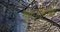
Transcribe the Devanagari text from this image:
मनःप्रवृत्ति